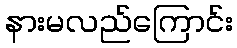
နားမလည်ကြောင်း